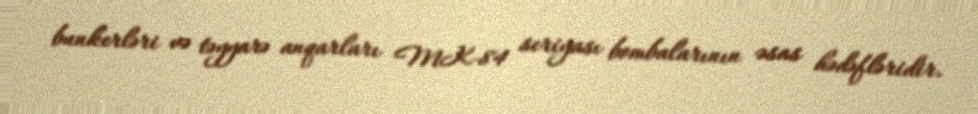
bunkerləri və təyyarə anqarları MK-84 seriyası bombalarının əsas hədəfləridir.